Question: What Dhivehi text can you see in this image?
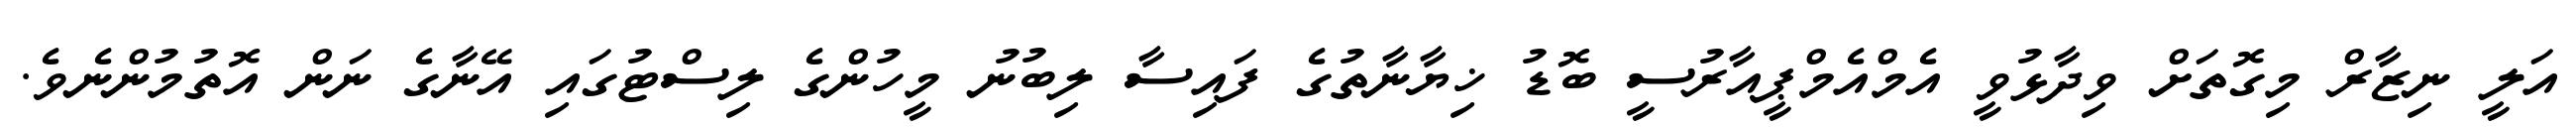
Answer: އަލީ ނިޒާރް މިގޮތަށް ވިދާޅުވީ އެމްއެމްޕީއާރުސީ ބޮޑު ޚިޔާނާތުގެ ފައިސާ ލިބުނު މީހުންގެ ލިސްޓުގައި އޭނާގެ ނަން އޮތުމުންނެވެ.